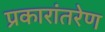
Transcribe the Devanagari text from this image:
प्रकारांतरेण